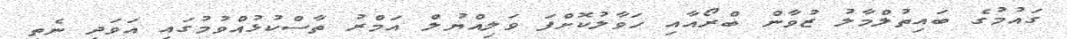
ގައުމުގެ ބައިތުލްމާލު ޒުވާން ބްރޯއާއި ހަވާލުކޮށްފަ ވަލިއްޔުލް އަމްރު ތާސްކުޅުއްވުމުގައި އަވަދި ނެތި